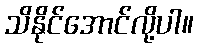
သိနိုင်အောင်လို့ပါ။